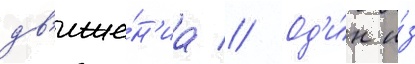
дв'иже́н'иа // Од'и́н и́з